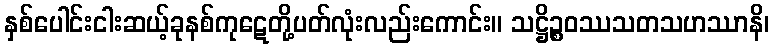
နှစ်ပေါင်းငါးဆယ့်ခုနစ်ကုဋေတို့ပတ်လုံးလည်းကောင်း။ သဋ္ဌိဉ္စဝဿသတသဟဿာနိ၊